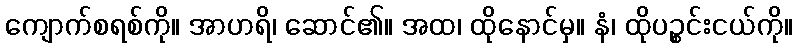
ကျောက်စရစ်ကို။ အာဟရိ၊ ဆောင်၏။ အထ၊ ထိုနောင်မှ။ နံ၊ ထိုပဉ္စင်းငယ်ကို။